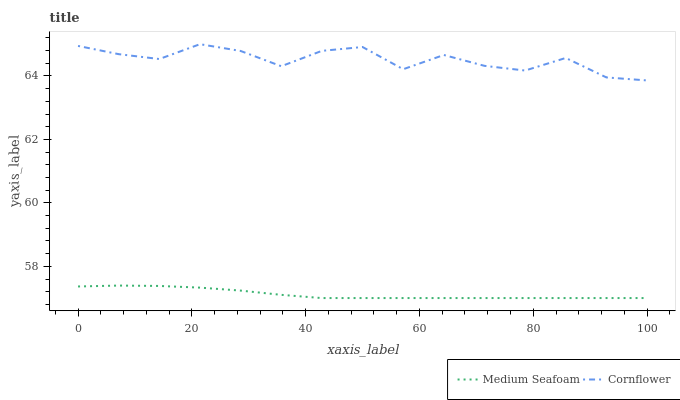
| xaxis_label | Medium Seafoam | Cornflower |
 | --- | --- | --- |
 | 0 | 57.4 | 64.9 |
 | 7.14 | 57.4 | 64.7 |
 | 14.3 | 57.4 | 64.5 |
 | 21.4 | 57.3 | 65 |
 | 28.6 | 57.2 | 64.8 |
 | 35.7 | 57.1 | 64.3 |
 | 42.9 | 57 | 64.8 |
 | 50 | 57 | 64.9 |
 | 57.1 | 57 | 64.2 |
 | 64.3 | 57 | 64.7 |
 | 71.4 | 57 | 64.3 |
 | 78.6 | 57 | 64.2 |
 | 85.7 | 57 | 64.6 |
 | 92.9 | 57 | 64 |
 | 100 | 57 | 63.9 |